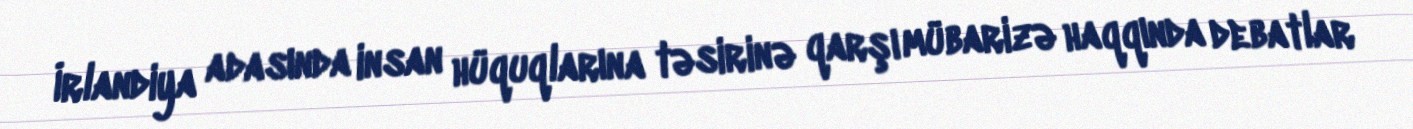
İrlandiya adasında insan hüquqlarına təsirinə qarşı mübarizə haqqında debatlar